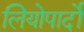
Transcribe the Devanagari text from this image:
लियोपार्दो